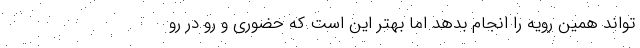
‌تواند همین رویه را انجام بدهد اما بهتر این است که حضوری و رو در رو